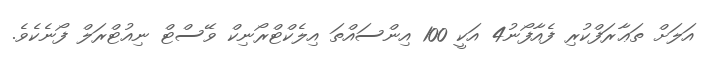
އަލަށް ތަޢާރަފްކުރި ފެއާފޯނު4 އަކީ 100 އިންސައްތަ އިލެކްޓްރޯނިކް ވޭސްޓް ނިއުޓްރަލް ފޯނެކެވެ.